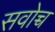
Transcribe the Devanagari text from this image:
सवोच्च